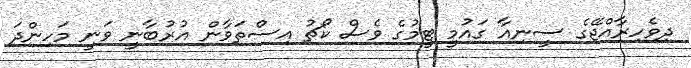
ދިވެހިރާއްޖޭގެ ސީނިއާ ގައުމީ ޓީމުގެ ވެސް ކޯޗު އިސްތަވާން އުރުބާނީ ވަނީ މަހިންދަ